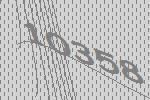
10358